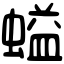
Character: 螠